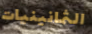
الثمانينيات